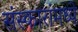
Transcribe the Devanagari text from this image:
संस्कारांमध्ये